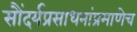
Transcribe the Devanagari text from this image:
सौंदर्यप्रसाधनांप्रमाणेच